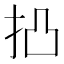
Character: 𢫋